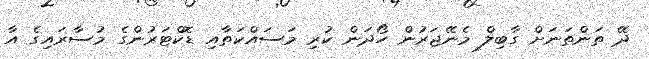
ދޭ ތަންތަނަށް ގާބިލް މެނޭޖަރުން ހޯދަން ކުރި މަސައްކަތާއި ޑޮކްޓަރުންގެ މުސާރައިގެ އާ